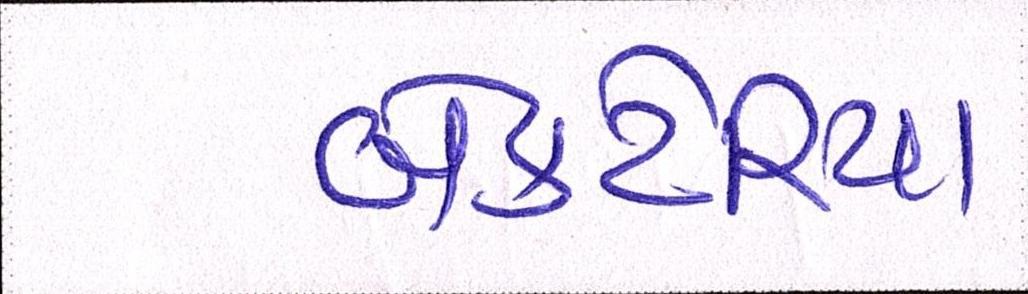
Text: બેક્ટેરિયા